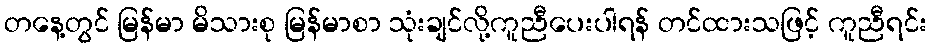
တနေ့တွင် မြန်မာ မိသားစု မြန်မာစာ သုံးချင်လို့ကူညီပေးပါရန် တင်ထားသဖြင့် ကူညီရင်း